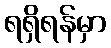
ရရှိရန်မှာ